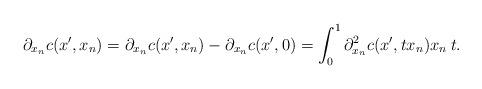
LaTeX: \begin{align*}\partial_{x_n}c(x^\prime,x_n) = \partial_{x_n}c(x^\prime,x_n) - \partial_{x_n}c(x^\prime,0) = \int_0^1\partial_{x_n}^2c(x^\prime,tx_n)x_n\:t.\end{align*}